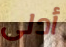
أدلى